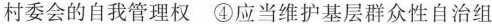
村委会的自我管理权\textcircled {4}应当维护基层群众性自治组